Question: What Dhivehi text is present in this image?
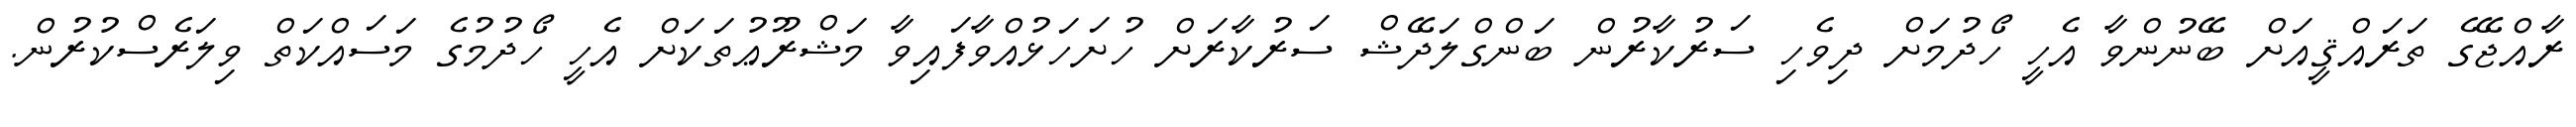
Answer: ރާއްޖޭގެ ތަރައްޤީއަށް ބޭނުންވާ އެހީ ހޯދުމަށް ދިވެހި ސަރުކާރުން ބަންގްލަދޭޝް ސަރުކާރަށް ހުށަހަޅުއްވާފައިވާ މަޝްރޫޢުތަކަށް އެހީ ހޯދުމުގެ މަސައްކަތް ވިލަރެސްކުރުން.